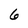
Character: 6